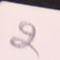
2